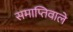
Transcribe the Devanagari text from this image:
समाप्तिवाले